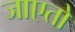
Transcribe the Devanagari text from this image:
जाएतो